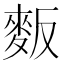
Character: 𪌆